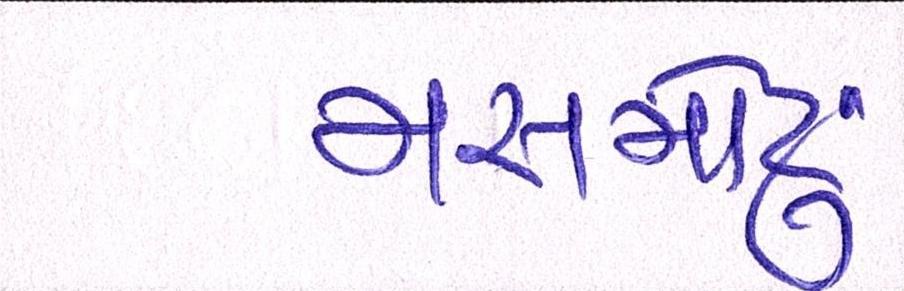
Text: મસમોટુ